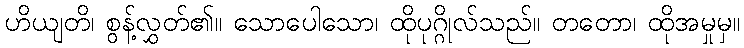
ဟိယျတိ၊ စွန့်လွှတ်၏။ သောပေါသော၊ ထိုပုဂ္ဂိုလ်သည်။ တတော၊ ထိုအမှုမှ။